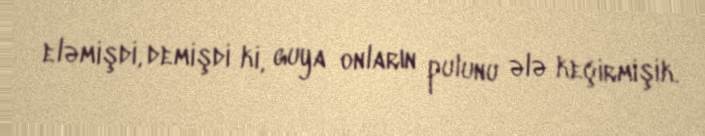
eləmişdi, demişdi ki, guya onların pulunu ələ keçirmişik.